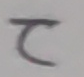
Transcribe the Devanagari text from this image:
टे